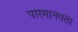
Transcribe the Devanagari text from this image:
पारमानवता